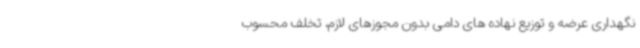
نگهداری عرضه و توزیع نهاده های دامی بدون مجوزهای لازم، تخلف محسوب